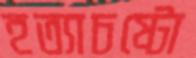
হত্যাচষ্টো